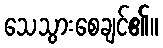
သေသွားစေချင်၏။